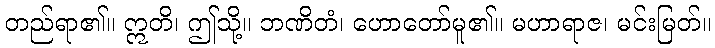
တည်ရာ၏။ ဣတိ၊ ဤသို့။ ဘဏိတံ၊ ဟောတော်မူ၏။ မဟာရာဇ၊ မင်းမြတ်။